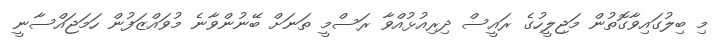
މި ބިލުގައިވާގޮތުން މަޖިލީހުގެ ރައީސް ދިރިއުޅުއްވާ ރަސްމީ ތަނަށް ބޭނުންވާނެ މުވައްޒަފުން ހަމަޖައްސާނީ